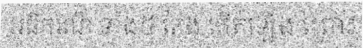
អធិករណ៍ ទាំង៤ តែង កើតឡើង ព្រោះ